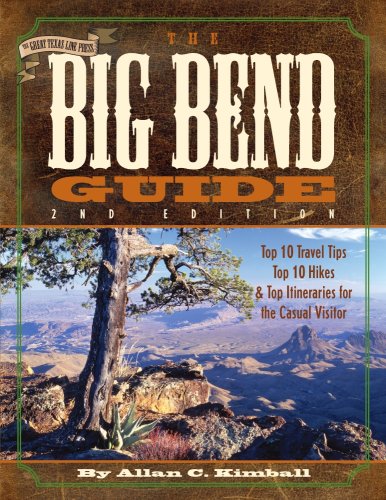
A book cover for The Big Bend Guide; Allan C. Kimball; Travel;